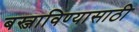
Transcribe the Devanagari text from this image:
बस्जाविण्यासाठी